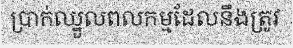
ប្រាក់ឈ្នួលពលកម្មដែលនឹងត្រូវ